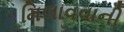
મિલાવવાની